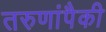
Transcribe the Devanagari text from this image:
तरुणांपैकी